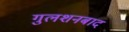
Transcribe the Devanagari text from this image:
गुलशनबाद